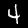
Digit: 4